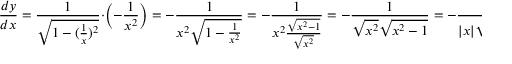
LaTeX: { \frac { d y } { d x } } = { \frac { 1 } { \sqrt { 1 - ( { \frac { 1 } { x } } ) ^ { 2 } } } } \cdot \left( - { \frac { 1 } { x ^ { 2 } } } \right) = - { \frac { 1 } { x ^ { 2 } { \sqrt { 1 - { \frac { 1 } { x ^ { 2 } } } } } } } = - { \frac { 1 } { x ^ { 2 } { \frac { \sqrt { x ^ { 2 } - 1 } } { \sqrt { x ^ { 2 } } } } } } = - { \frac { 1 } { { \sqrt { x ^ { 2 } } } { \sqrt { x ^ { 2 } - 1 } } } } = - { \frac { 1 } { | x | { \sqrt { x ^ { 2 } - 1 } } } }